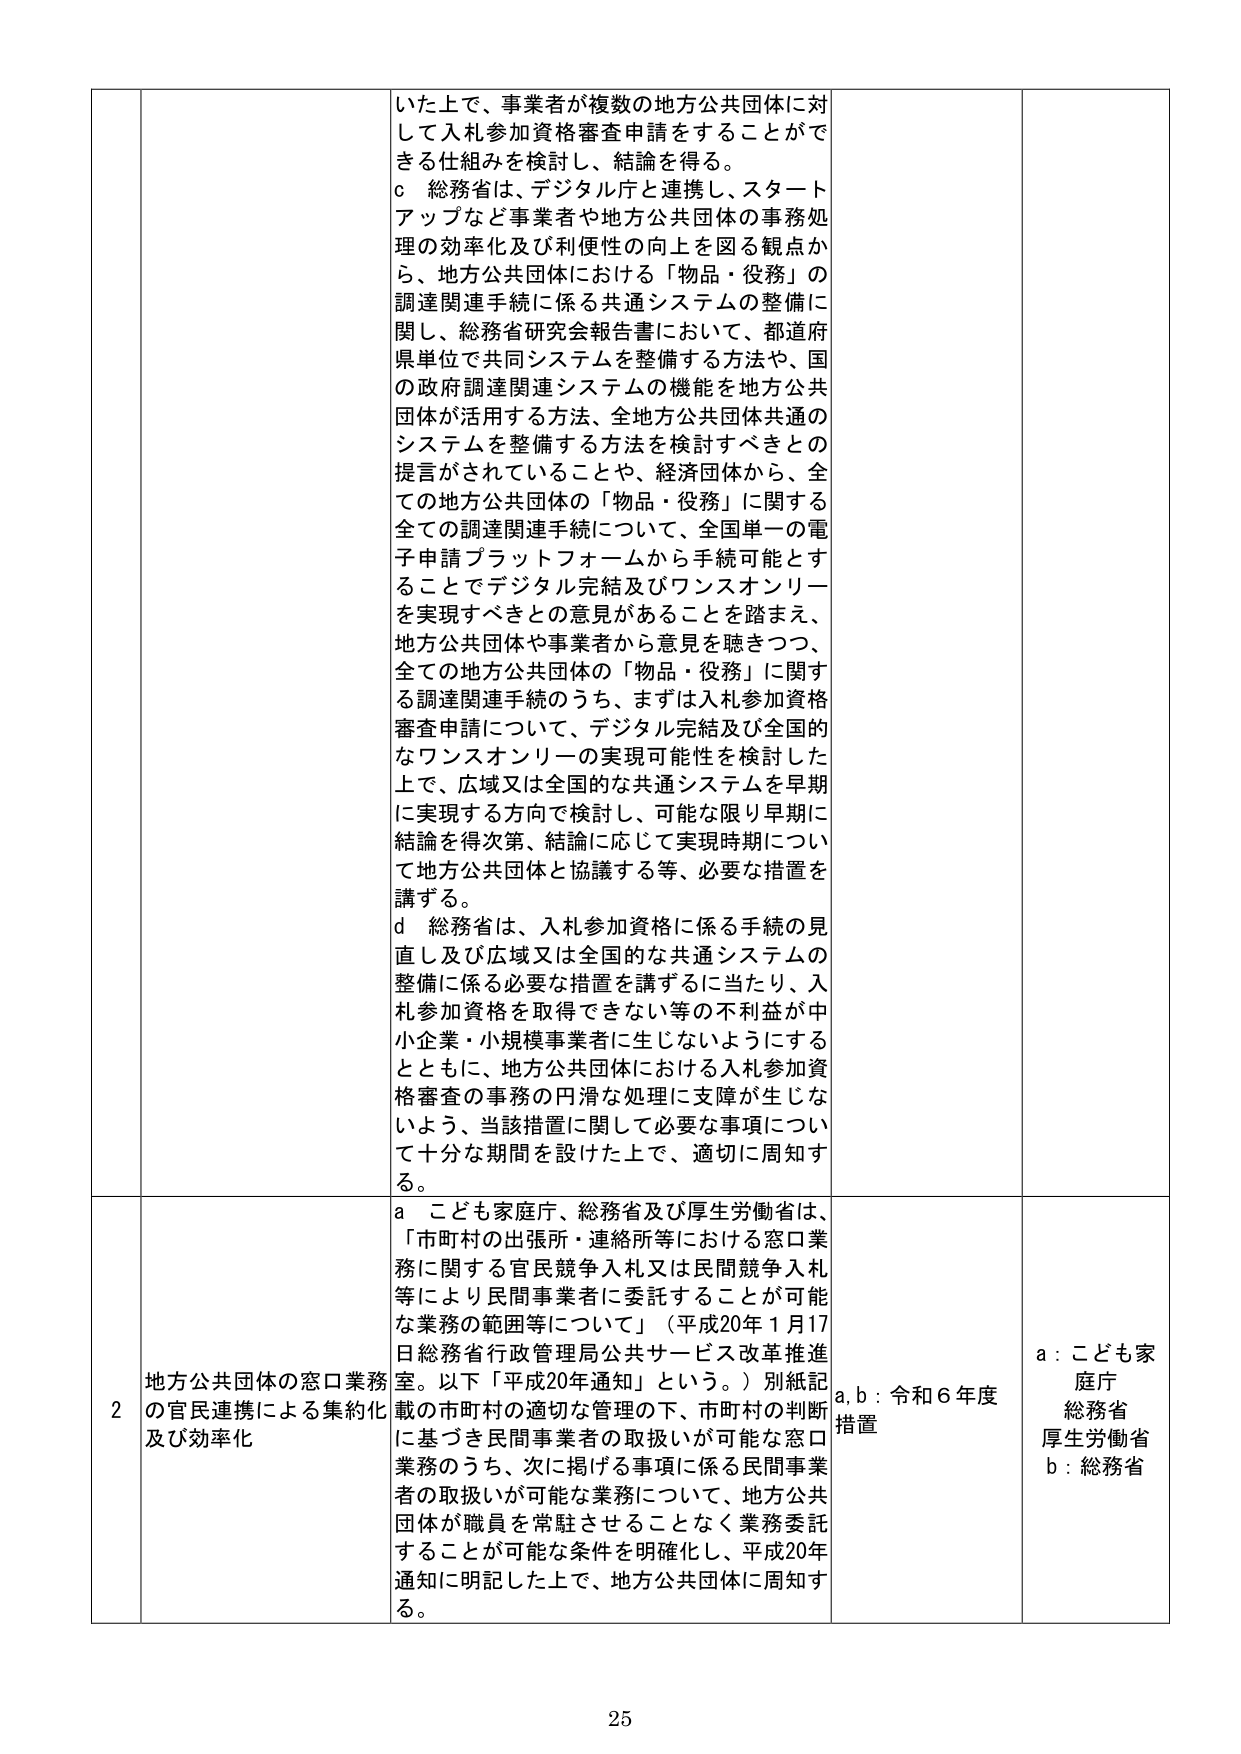
いた上で、事業者が複数の地方公共団体に対して入札参加資格審査申請をすることができる仕組みを検討し、結論を得る。
c 総務省は、デジタル庁と連携し、スタートアップなど事業者や地方公共団体の事務処理の効率化及び利便性の向上を図る観点から、地方公共団体における「物品・役務」の調達関連手続に係る共通システムの整備に関し、総務省研究会報告書において、都道府県単位で共同システムを整備する方法や、国の政府調達関連システムの機能を地方公共団体が活用する方法、全地方公共団体共通のシステムを整備する方法を検討すべきとの提言がされていることや、経済団体から、全ての地方公共団体の「物品・役務」に関する全ての調達関連手続について、全国単一の電子申請プラットフォームから手続可能とすることでデジタル完結及びワンスオンリーを実現すべきとの意見があることを踏まえ、地方公共団体や事業者から意見を聴きつつ、全ての地方公共団体の「物品・役務」に関する調達関連手続のうち、まずは入札参加資格審査申請について、デジタル完結及び全国的なワンスオンリーの実現可能性を検討した上で、広域又は全国的な共通システムを早期に実現する方向で検討し、可能な限り早期に結論を得次第、結論に応じて実現時期について地方公共団体と協議する等、必要な措置を講ずる。
d 総務省は、入札参加資格に係る手続の見直し及び広域又は全国的な共通システムの整備に係る必要な措置を講ずるに当たり、入札参加資格を取得できない等の不利益が中小企業・小規模事業者に生じないようにするとともに、地方公共団体における入札参加資格審査の事務の円滑な処理に支障が生じないよう、当該措置に関して必要な事項について十分な期間を設けた上で、適切に周知する。

2 地方公共団体の窓口業務の官民連携による集約化及び効率化
a こども家庭庁、総務省及び厚生労働省は、「市町村の出張所・連絡所等における窓口業務に関する官民競争入札又は民間競争入札等により民間事業者に委託することが可能な業務の範囲等について」（平成20年1月17日総務省行政管理局公共サービス改革推進室。以下「平成20年通知」という。）別紙記載の市町村の適切な管理の下、市町村の判断に基づき民間事業者の取扱いが可能な窓口業務のうち、次に掲げる事項に係る民間事業者の取扱いが可能な業務について、地方公共団体が職員を常駐させることなく業務委託することが可能な条件を明確化し、平成20年通知に明記した上で、地方公共団体に周知する。

a, b : 令和6年度措置
a : こども家庭庁
総務省
厚生労働省
b : 総務省

25